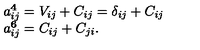
\begin{array} { l } { a _ { i j } ^ { \bf 4 } = V _ { i j } + C _ { i j } = \delta _ { i j } + C _ { i j } } \\ { a _ { i j } ^ { \bf 6 } = C _ { i j } + C _ { j i } . } \\ \end{array}